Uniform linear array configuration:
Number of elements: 4
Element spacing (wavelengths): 0.25
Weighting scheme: blackman
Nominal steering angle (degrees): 15
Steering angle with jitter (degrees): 15.019
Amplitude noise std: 0.05
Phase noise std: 0.05

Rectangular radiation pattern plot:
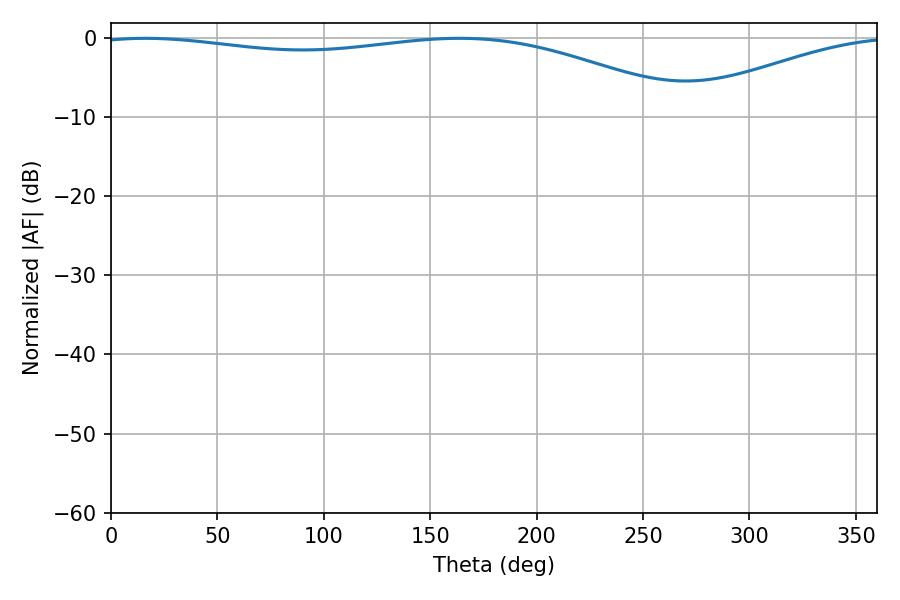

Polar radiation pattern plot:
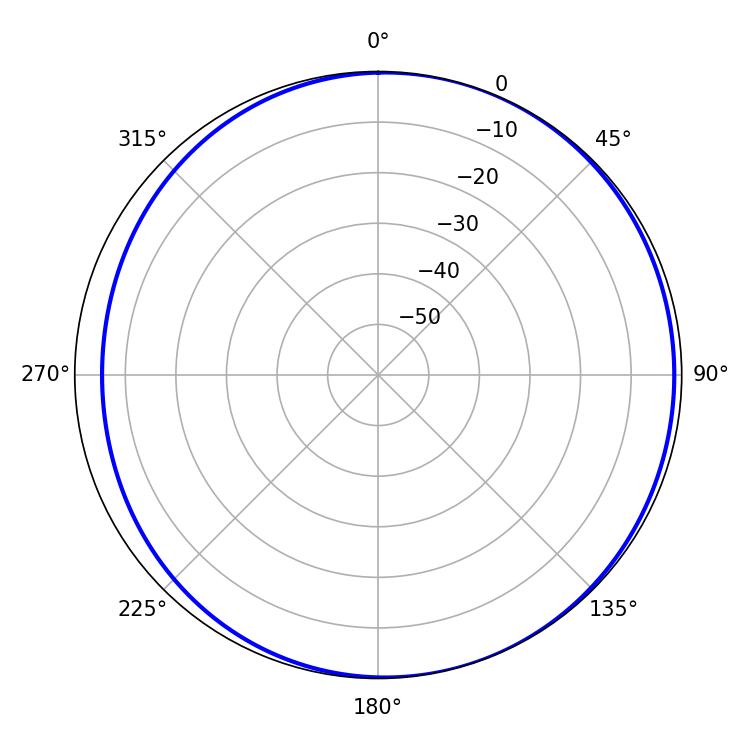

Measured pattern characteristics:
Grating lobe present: FALSE
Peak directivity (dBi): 4.23
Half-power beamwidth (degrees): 226.08
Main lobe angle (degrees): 16.2